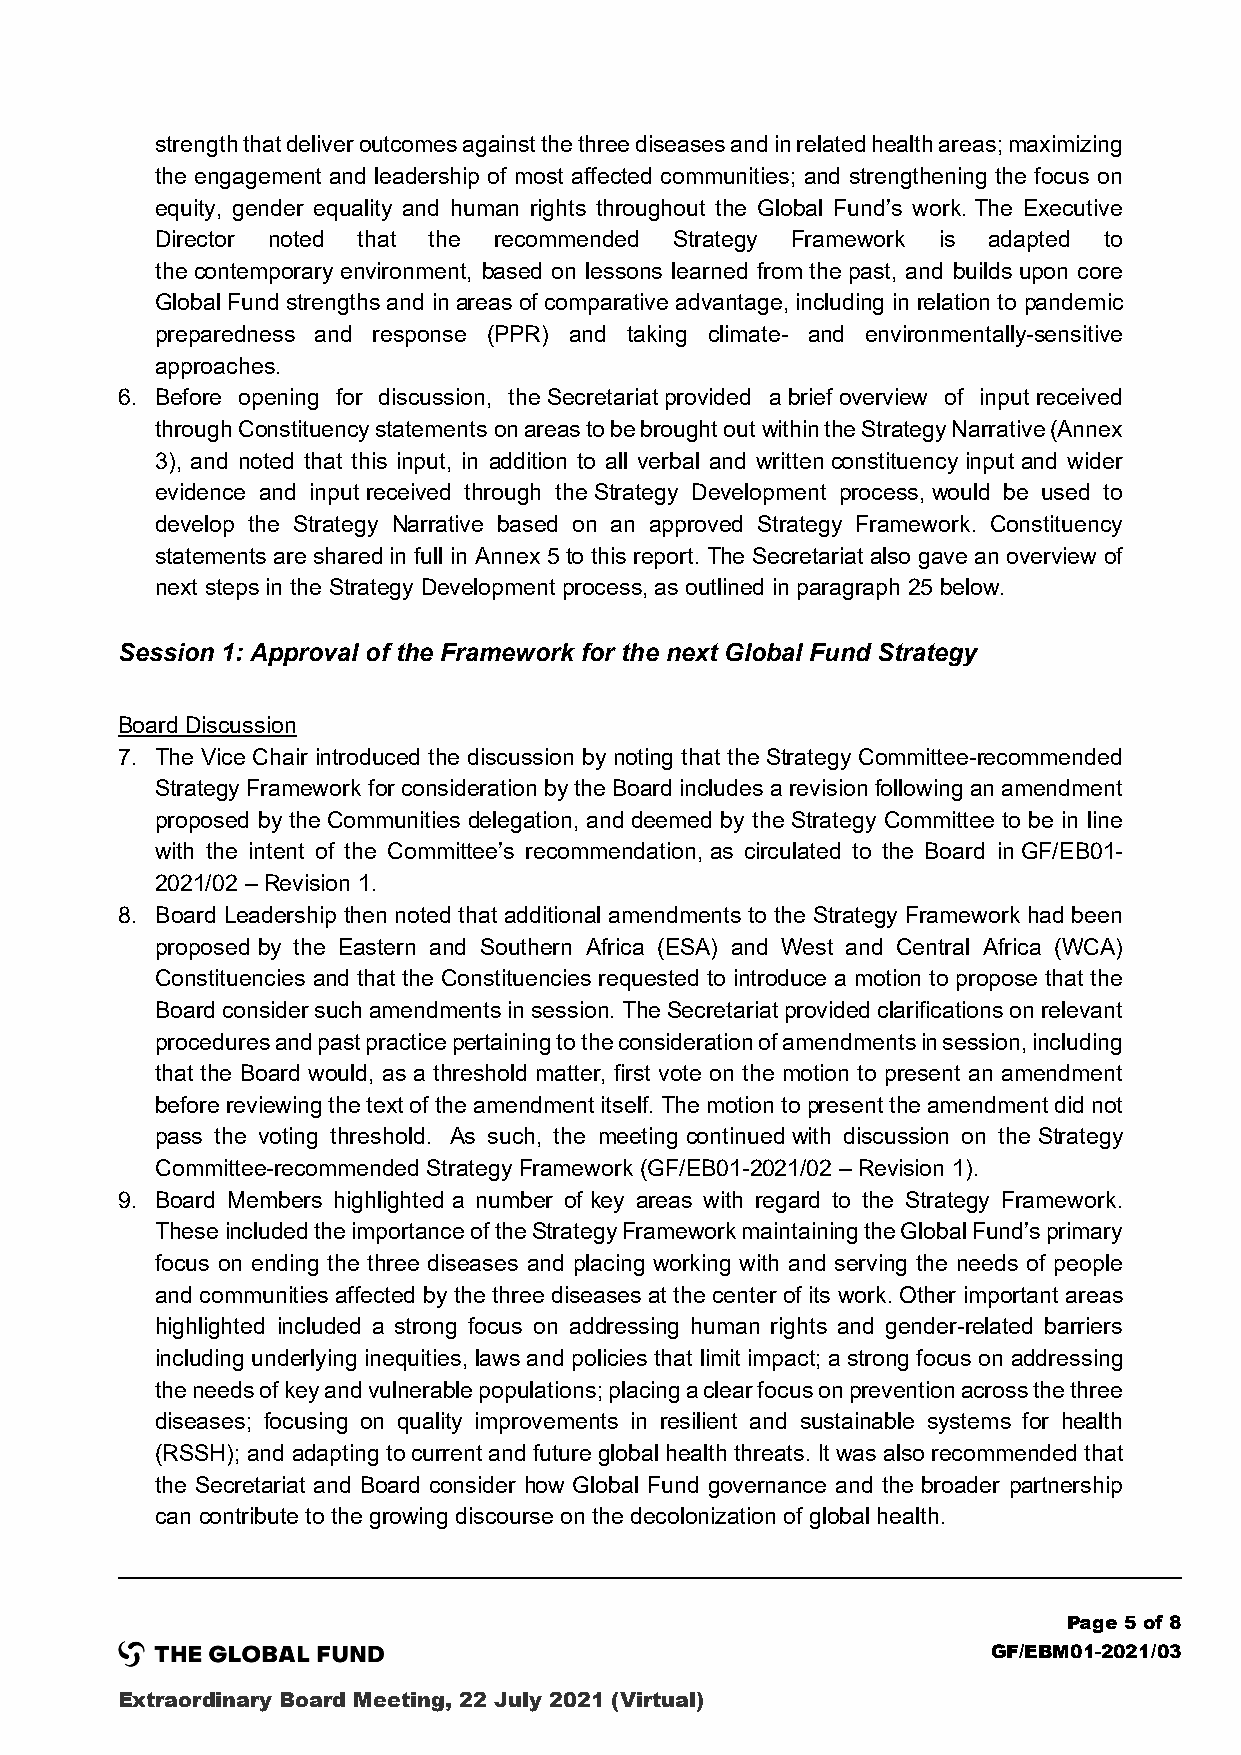
strength that deliver outcomes against the three diseases and in related health areas; maximizing
 the engagement and leadership of most affected communities; and strengthening the focus on
 equity, gender equality and human rights throughout the Global Fund’s work. The Executive
 Director noted that the recommended Strategy Framework is adapted to
 the contemporary environment, based on lessons learned from the past, and builds upon core
 Global Fund strengths and in areas of comparative advantage, including in relation to pandemic
 preparedness and response (PPR) and taking climate- and environmentally-sensitive
 approaches.
 6. Before opening for discussion, the Secretariat provided a brief overview of input received
 through Constituency statements on areas to be brought out within the Strategy Narrative (Annex
 3), and noted that this input, in addition to all verbal and written constituency input and wider
 evidence and input received through the Strategy Development process, would be used to
 develop the Strategy Narrative based on an approved Strategy Framework. Constituency
 statements are shared in full in Annex 5 to this report. The Secretariat also gave an overview of
 next steps in the Strategy Development process, as outlined in paragraph 25 below.
 Session 1: Approval of the Framework for the next Global Fund Strategy
 Board Discussion
 7. The Vice Chair introduced the discussion by noting that the Strategy Committee-recommended
 Strategy Framework for consideration by the Board includes a revision following an amendment
 proposed by the Communities delegation, and deemed by the Strategy Committee to be in line
 with the intent of the Committee’s recommendation, as circulated to the Board in GF/EB01-
 2021/02 – Revision 1.
 8. Board Leadership then noted that additional amendments to the Strategy Framework had been
 proposed by the Eastern and Southern Africa (ESA) and West and Central Africa (WCA)
 Constituencies and that the Constituencies requested to introduce a motion to propose that the
 Board consider such amendments in session. The Secretariat provided clarifications on relevant
 procedures and past practice pertaining to the consideration of amendments in session, including
 that the Board would, as a threshold matter, first vote on the motion to present an amendment
 before reviewing the text of the amendment itself. The motion to present the amendment did not
 pass the voting threshold. As such, the meeting continued with discussion on the Strategy
 Committee-recommended Strategy Framework (GF/EB01-2021/02 – Revision 1).
 9. Board Members highlighted a number of key areas with regard to the Strategy Framework.
 These included the importance of the Strategy Framework maintaining the Global Fund’s primary
 focus on ending the three diseases and placing working with and serving the needs of people
 and communities affected by the three diseases at the center of its work. Other important areas
 highlighted included a strong focus on addressing human rights and gender-related barriers
 including underlying inequities, laws and policies that limit impact; a strong focus on addressing
 the needs of key and vulnerable populations; placing a clear focus on prevention across the three
 diseases; focusing on quality improvements in resilient and sustainable systems for health
 (RSSH); and adapting to current and future global health threats. It was also recommended that
 the Secretariat and Board consider how Global Fund governance and the broader partnership
 can contribute to the growing discourse on the decolonization of global health.
 Page 5 of 8
 GF/EBM01-2021/03
 Extraordinary Board Meeting, 22 July 2021 (Virtual)